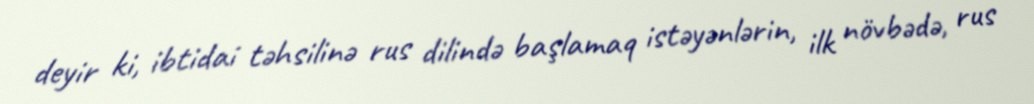
deyir ki, ibtidai təhsilinə rus dilində başlamaq istəyənlərin, ilk növbədə, rus